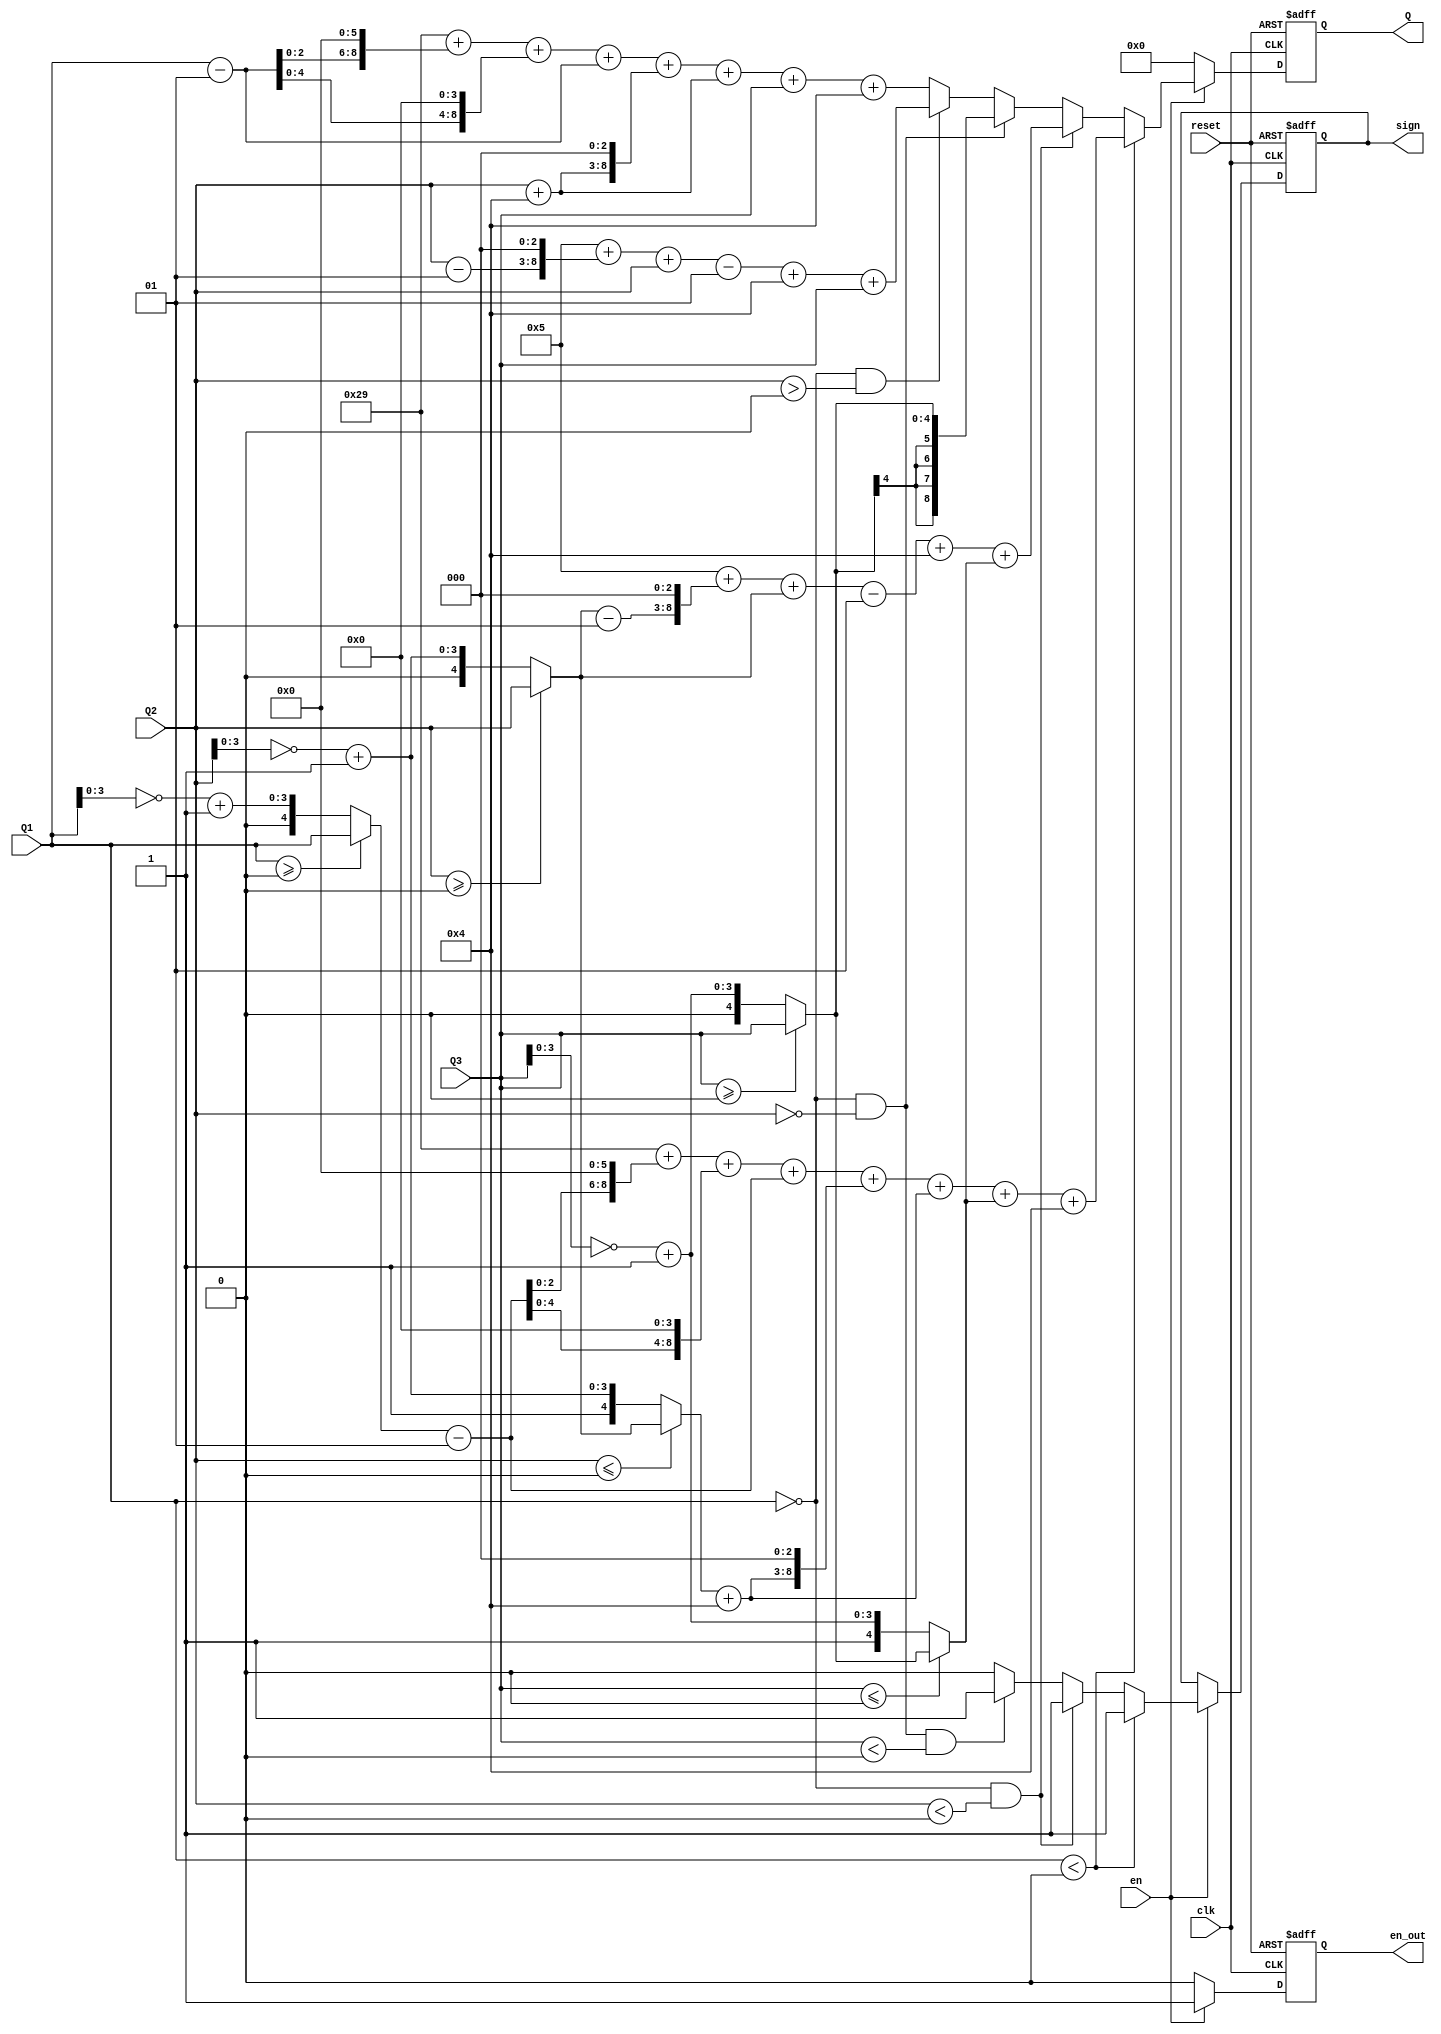
module context_Q(clk,reset,en,Q1, Q2, Q3, Q, sign,en_out);
    input clk;
	 input reset;
	 input en;
    input signed [4:0] Q1;
    input signed [4:0] Q2;
    input signed [4:0] Q3;
    output  [8:0] Q;
	 output en_out;
    output sign;
	 
	 reg [8:0] Q;
	 reg sign;
	 reg en_out;
	 
	 wire  signed [4:0] Q1_p;
	 wire  signed [4:0] Q2_p;
	 wire  signed [4:0] Q3_p;
//	 wire [8:0] Q1_c;
	 wire signed [4:0] Q2_c;
	 wire signed [4:0] Q3_c;
	 
	 wire signed [8:0] Q_temp2;
	 wire signed [8:0] Q_temp3;
	 wire signed [8:0] Q_temp4;
	 wire signed [8:0] Q_temp5;
	 
	 wire s1,s2;//s3;

   assign  Q1_p=(Q1>=0)?Q1:{1'b0,(~Q1[3:0])+4'b0001};  //jue dui zhi
	assign  Q2_p=(Q2>=0)?Q2:{1'b0,(~Q2[3:0])+4'b0001};
	assign  Q3_p=(Q3>=0)?Q3:{1'b0,(~Q3[3:0])+4'b0001};
	
//	assign Q1_c=(Q1<0)?Q1_p:{1'b1,~Q1[7:0]+1};  //-Q1
	assign  Q2_c=(Q2<=0)?Q2_p:{1'b1,(~Q2[3:0])+4'b0001};  //-Q2
	assign  Q3_c=(Q3<=0)?Q3_p:{1'b1,(~Q3[3:0])+4'b0001};  //-Q3
	

	
	assign Q_temp2=5+((Q2_p-1)<<3)+Q2_p-1+4+Q3_c;
	assign Q_temp3=41+((Q1_p-1)<<6)+((Q1_p-1)<<4)+(Q1_p-1)+((Q2_c+4)<<3)+(Q2_c+4)+Q3_c+4;
	assign Q_temp4=41+((Q1-1)<<6)+((Q1-1)<<4)+(Q1-1)+((Q2+4)<<3)+(Q2+4)+Q3+4;
	assign Q_temp5=5+((Q2-1)<<3)+Q2-1+4+Q3;
	always@(posedge clk or negedge reset)
	if(!reset)
	  begin
	  Q<=0;
	  en_out<=0;
	  end
	 else if(en)
	  begin
	     en_out<=1;
        if(Q1<0)
          Q<=Q_temp3;
        else if((Q1==0)&&(Q2<0))
		    Q<=Q_temp2;
		  else if((Q1==0)&&(Q2==0))
		    Q<=Q3_p;
	     else  if((Q1==0)&&(Q2>0))
		    Q<=Q_temp5;
		  else
			 Q<=Q_temp4;     
	  end
	  else begin
	      en_out<=0;
			Q<=0;
			end
			 
	always@(posedge clk or negedge reset)
	if(!reset)
	  begin
	  sign<=0;
	  end
	 else if(en)
	  begin
        if(Q1<0)	   
		    sign<=1;
        else if((Q1==0)&&(Q2<0))
		    sign<=1;
		  else if(((Q1==0)&&(Q2==0))&&(Q3<0))
		    sign<=1;
	     else
		    sign<=0;

             	
             		  	  
	  end
	  
	  
	  
	
	
endmodule